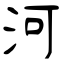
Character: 河